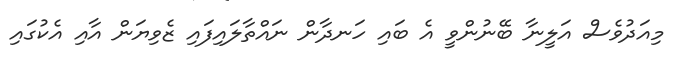
މިއަދުވެސް އަލީނާ ބޭނުންވީ އެ ބައި ހަނދާން ނައްތާލައިފައި ޒެވިޔަން އާއި އެކުގައި